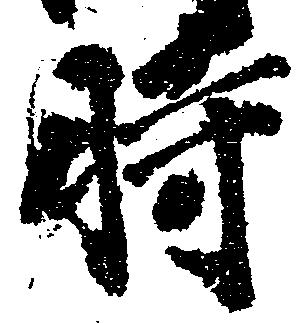
時